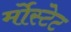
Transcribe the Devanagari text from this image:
र्मोस्टेट